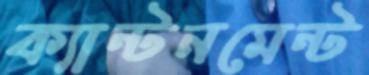
ক্যান্টনমেন্ট